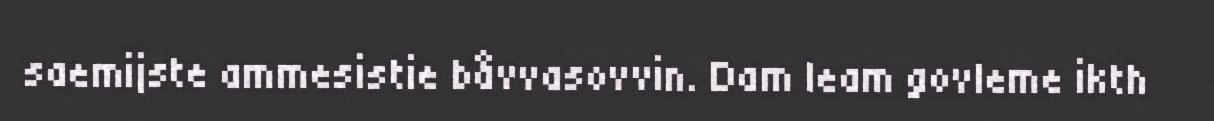
saemijste ammesistie båvvasovvin. Dam leam govleme ikth